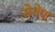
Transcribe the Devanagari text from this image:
सेनेपा